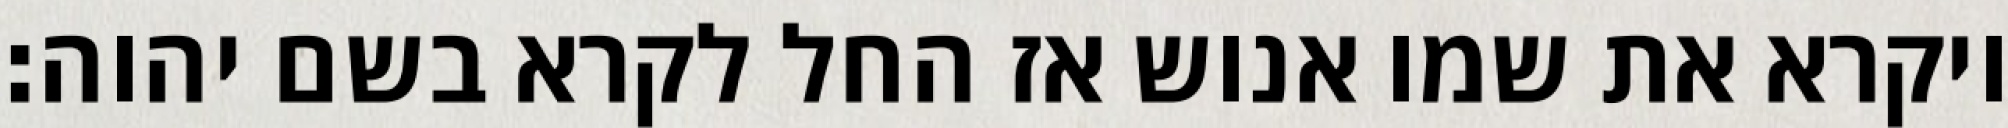
ויקרא את שמו אנוש אז החל לקרא בשם יהוה׃